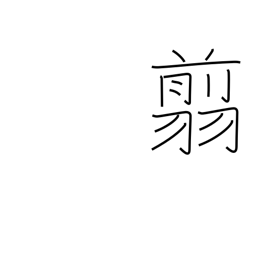
Meaning: scissors